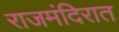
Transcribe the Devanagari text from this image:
राजमंदिरात